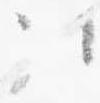
次